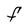
Character: F